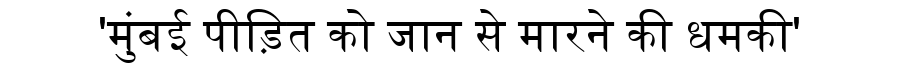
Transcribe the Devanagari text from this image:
'मुंबई पीड़ित को जान से मारने की धमकी'